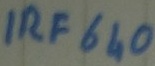
Text: IRF640